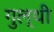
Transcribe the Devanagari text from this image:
गुल्थी